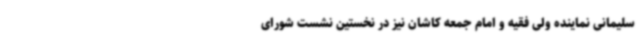
سلیمانی نماینده ولی فقیه و امام جمعه کاشان نیز در نخستین نشست شورای